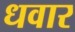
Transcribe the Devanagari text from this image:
धवार